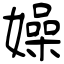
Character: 嬠